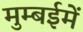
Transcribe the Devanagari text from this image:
मुम्बईमें